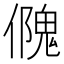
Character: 𠏁